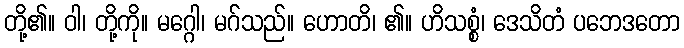
တို့၏။ ဝါ၊ တို့ကို။ မဂ္ဂေါ၊ မဂ်သည်။ ဟောတိ၊ ၏။ ဟိသစ္စံ၊ ဒေသိတံ ပဘေဒတော